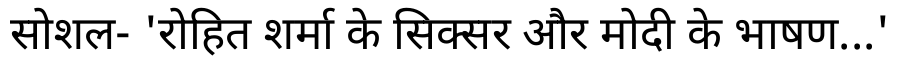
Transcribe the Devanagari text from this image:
सोशल- 'रोहित शर्मा के सिक्सर और मोदी के भाषण...'